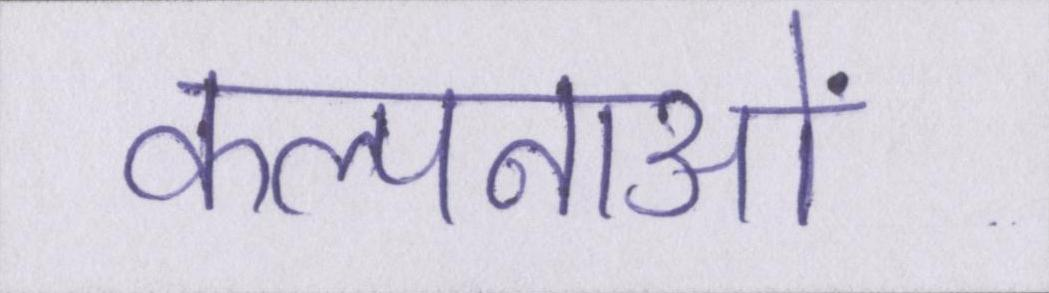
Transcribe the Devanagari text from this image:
कल्पनाओं